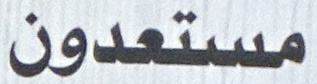
مستعدون